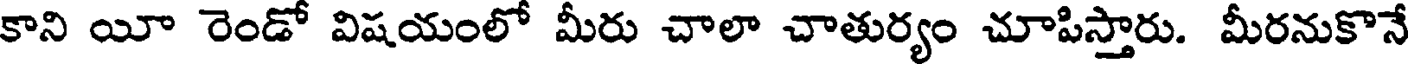
కాని యీ రెండో విషయంలో మీరు చాలా చాతుర్యం చూపిస్తారు. మీరనుకొనే